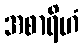
အစာရိဟံ